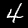
Digit: 4